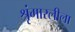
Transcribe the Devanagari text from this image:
श्रृंगारलीला